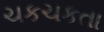
ચકચકતા